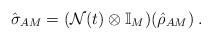
LaTeX: \begin{align*}\hat{\sigma}_{AM} = (\mathcal{N}(t)\otimes\mathbb{I}_M)(\hat{\rho}_{AM})\;.\end{align*}